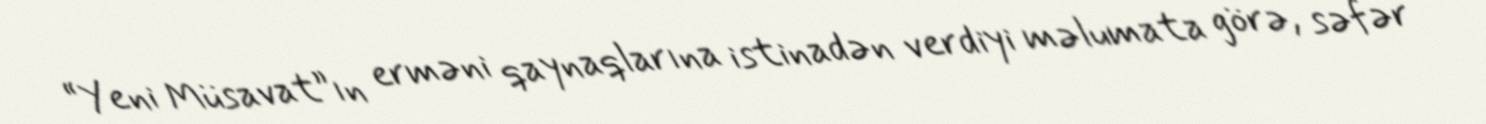
“Yeni Müsavat”ın erməni qaynaqlarına istinadən verdiyi məlumata görə, səfər